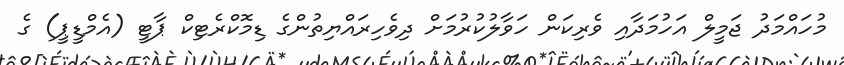
މުހައްމަދު ޖަމީލް އަހުމަދާއި ވެރިކަން ހަވާލުކުރުމަށް ދިވެހިރައްޔިތުންގެ ޑިމޮކްރެޓިކް ޕާޓީ (އެމްޑީޕީ) ގެ